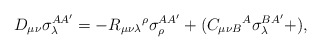
\begin{align*}D_{\mu \nu }\sigma _{\lambda }^{AA^{\prime }}=-R_{\mu \nu \lambda }{}^{\rho}\sigma _{\rho }^{AA^{\prime }}+(C_{\mu \nu B}{}^{A}\sigma _{\lambda}^{BA^{\prime }}+), \end{align*}